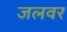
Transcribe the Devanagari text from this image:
जलवर